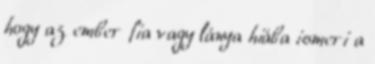
hogy az ember fia vagy lánya hiába ismeri a